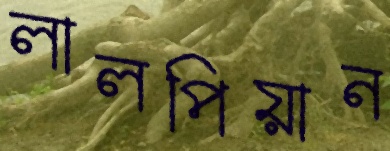
লালপিয়ান